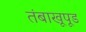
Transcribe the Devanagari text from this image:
तंबाखूपूड